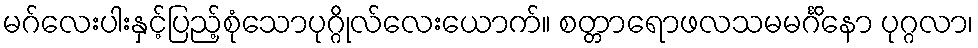
မဂ်လေးပါးနှင့်ပြည့်စုံသောပုဂ္ဂိုလ်လေးယောက်။ စတ္တာရောဖလသမမင်္ဂိနော ပုဂ္ဂလာ၊